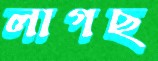
লাগছ